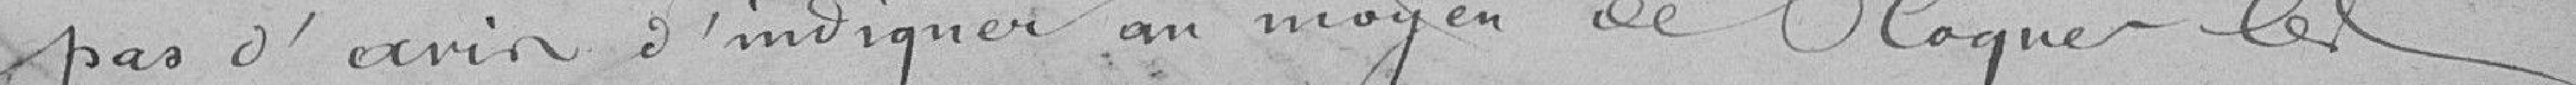
pas d'avis d'indiquer au moyen de bloquer les